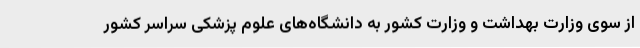
از سوی وزارت بهداشت و وزارت کشور به دانشگاه‌های علوم پزشکی سراسر کشور